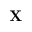
\mathbf { X }